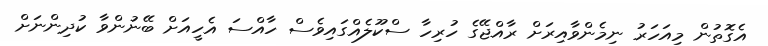
އެގޮތުން މިއަހަރު ނިމެންވާއިރަށް ރާއްޖޭގެ ހުރިހާ ސްކޫލެއްގައިވެސް ހާއްސަ އެހީއަށް ބޭނުންވާ ކުދިންނަށް